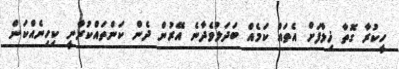
ހީކުރާ ގޮތާ ޚިލާފަށް އެތައް ކަމެއް ބަދަލުވެދާނެ އޭރުން ދެން ކަންތައްކުރާނީ ކިހިނެއްކަން